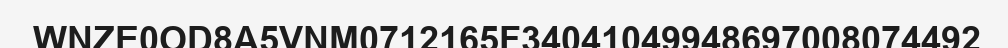
WNZE0OD8A5VNM0712165F34041049948697008074492